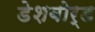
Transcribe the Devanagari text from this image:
डेशबोर्ड